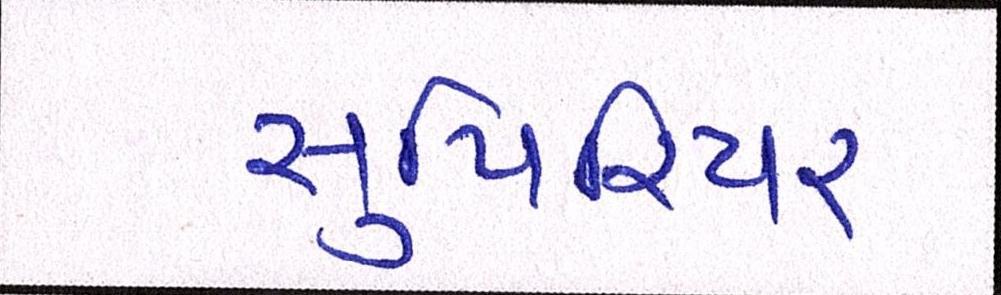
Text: સુપિરિયર